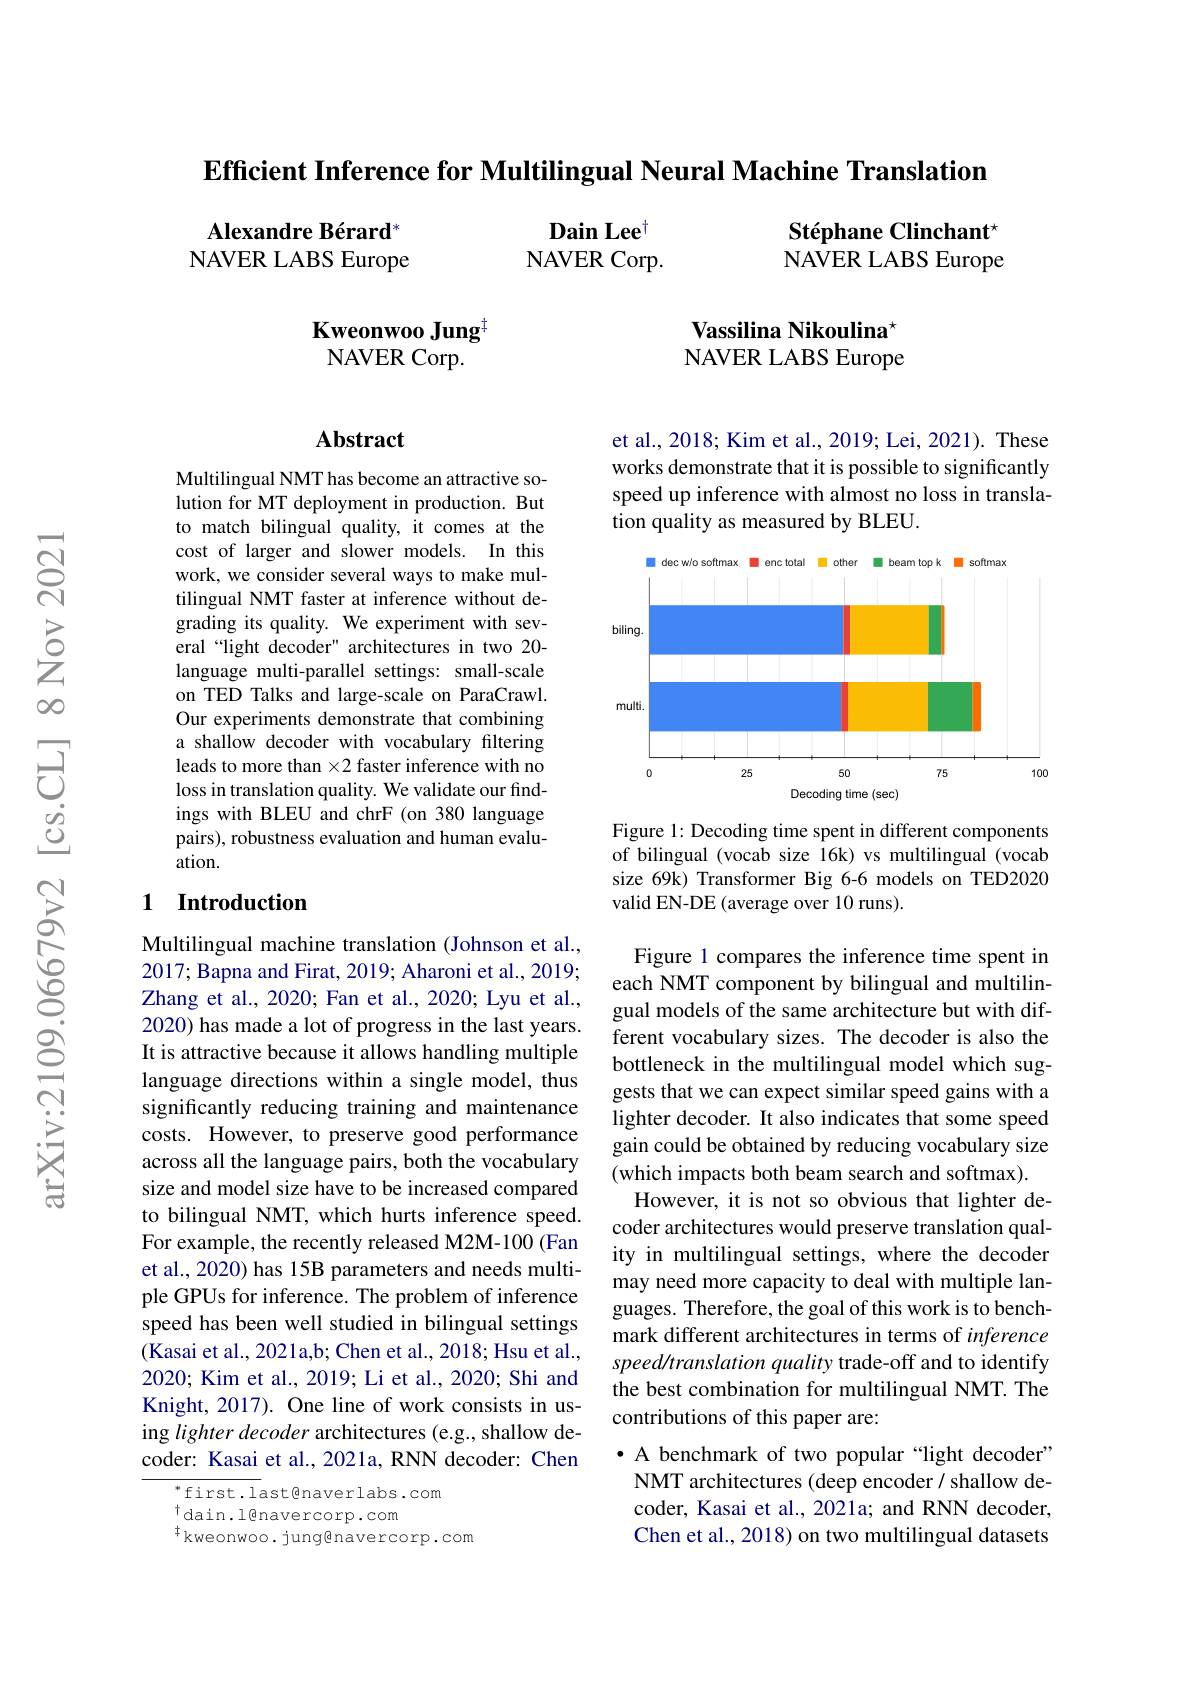
Efficient Inference for Multilingual Neural Machine Translation

Dain Lee$^{\dagger}$ NAVER Corp.

Alexandre Bérard* NAVER LABS Europe

Stéphane Clinchant$^{\star}$ NAVER LABS Europe

### Vassilina Nikoulina$^{\star}$ NAVER LABS Europe

### Kweonwoo Jung$^{\mathrm{d}}$ NAVER Corp.

## Abstract

Multilingual NMT has become an attractive solution for MT deployment in production.But to match bilingual quality, it comes at the cost of larger and slower models. In this work, we consider several ways to make multilingual NMT faster at inference without degrading its quality. We experiment with several“light decoder" architectures in two 20- language multi-parallel settings: small-scale on TED Talks and large-scale on ParaCrawl. Our experiments demonstrate that combining a shallow decoder with vocabulary filtering leads to more than $\times2$ faster inference with no loss in translation quality. We validate our findings with BLEU and chrF (on 380 language pairs), robustness evaluation and human evaluation.

## 1 Introduction

Multilingual machine translation (Johnson et al., 2017; Bapna and Firat, 2019; Aharoni et al., 2019; Zhang et al., 2020; Fan et al., 2020; Lyu et al., 2020) has made a lot of progress in the last years. It is attractive because it allows handling multiple language directions within a single model, thus significantly reducing training and maintenance costs. However, to preserve good performance across all the language pairs, both the vocabulary size and model size have to be increased compared to bilingual NMT, which hurts inference speed. For example, the recently released M2M-100 (Fan et al., 2020) has 15B parameters and needs multiple GPUs for inference. The problem of inference speed has been well studied in bilingual settings (Kasai et al., 2021a,b; Chen et al., 2018; Hsu et al., 2020; Kim et al., 2019; Li et al., 2020; Shi and Knight, 2017). One line of work consists in using lighter decoder architectures (e.g., shallow decoder: Kasai et al., 2021a, RNN decoder: Chen

$^{*}$first.last@naverlabs.com
$^{\dagger}$dain.l@navercorp.com
$^{\dagger}$kweonwoo. jung@navercorp.com

et al., 2018; Kim et al., 2019; Lei, 2021). These works demonstrate that it is possible to significantly speed up inference with almost no loss in translation quality as measured by BLEU.

<FigureHere>

Figure 1: Decoding time spent in different components of bilingual (vocab size 16k) vs multilingual (vocab size 69k) Transformer Big 6-6 models on TED2020 valid EN-DE (average over 10 runs).

Figure 1 compares the inference time spent in each NMT component by bilingual and multilingual models of the same architecture but with different vocabulary sizes. The decoder is also the bottleneck in the multilingual model which suggests that we can expect similar speed gains with a lighter decoder. It also indicates that some speed gain could be obtained by reducing vocabulary size (which impacts both beam search and softmax).
However, it is not so obvious that lighter decoder architectures would preserve translation quality in multilingual settings, where the decoder may need more capacity to deal with multiple languages. Therefore, the goal of this work is to benchmark different architectures in terms of inference speed/translation quality trade-off and to identify the best combination for multilingual NMT. The contributions of this paper are:

· A benchmark of two popular “light decoder” NMT architectures (deep encoder/ shallow decoder, Kasai et al., 2021a; and RNN decoder, Chen et al., 2018) on two multilingual datasets